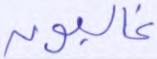
غالبون